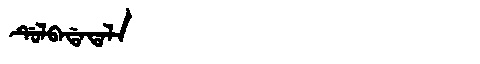
Manchu: ᡩᡠᠯᠪᠠᡩᠠᡨᠠᠯᠠ
Romanization: DULBADATALA